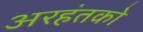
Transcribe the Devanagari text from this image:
अरहंतको